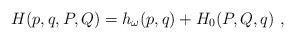
LaTeX: \begin{align*}H(p,q,P,Q)=h_\omega(p,q)+H_0(P,Q,q)\ ,\end{align*}